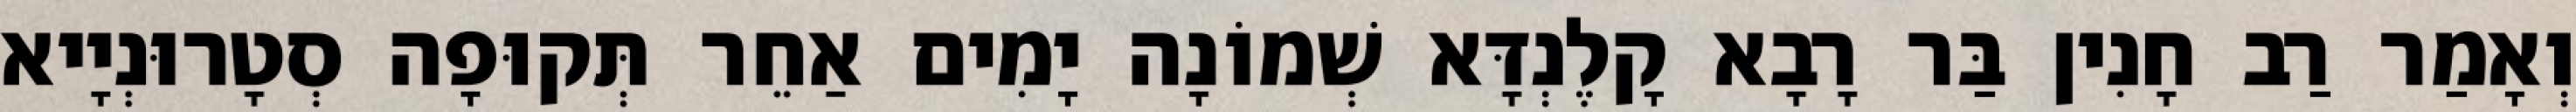
וְאָמַר רַב חָנִין בַּר רָבָא קָלֶנְדָּא שְׁמוֹנָה יָמִים אַחֵר תְּקוּפָה סְטָרוּנְיָיא